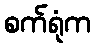
စက်ရုံက